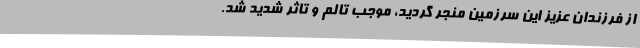
از فرزندان عزیز این سرزمین منجر گردید، موجب تالم و تاثر شدید شد.